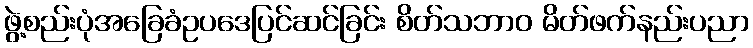
ဖွဲ့စည်းပုံအခြေခံဥပဒေပြင်ဆင်ခြင်း စိတ်သဘာဝ မိတ်ဖက်နည်းပညာ